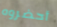
أحضروه